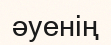
әуенің